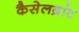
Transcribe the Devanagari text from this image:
कैसेलब्रांट